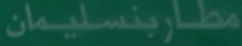
مطاربنسليمان